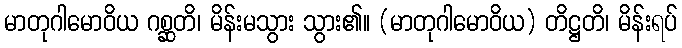
မာတုဂါမောဝိယ ဂစ္ဆတိ၊ မိန်းမသွား သွား၏။ (မာတုဂါမောဝိယ) တိဋ္ဌတိ၊ မိန်းရပ်